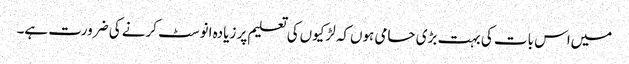
میں‌اس بات کی بہت بڑی حامی ہوں‌کہ لڑکیوں‌کی تعلیم پر زیادہ انوسٹ کرنے کی ضرورت ہے۔